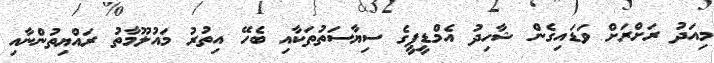
މިއަދު ރަށްރަށް ވަޑައިގެން ޝާހިދު އެމްޑީޕީގެ ސިޔާސަތުތަކާއި ބެހޭ އިތުރު މައުލޫމާތު ރައްޔިތުންނާއި